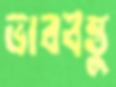
ভাববস্তু